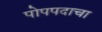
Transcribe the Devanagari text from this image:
पोपपदाचा